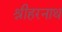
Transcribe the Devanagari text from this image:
श्रीहरनाथ